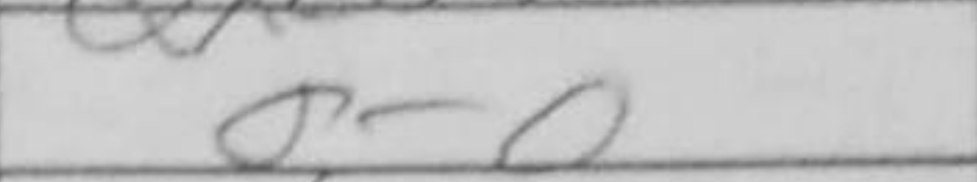
Transcription: O-O